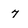
Character: 7